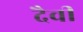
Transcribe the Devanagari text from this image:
दैवीं